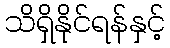
သိရှိနိုင်ရန်နှင့်